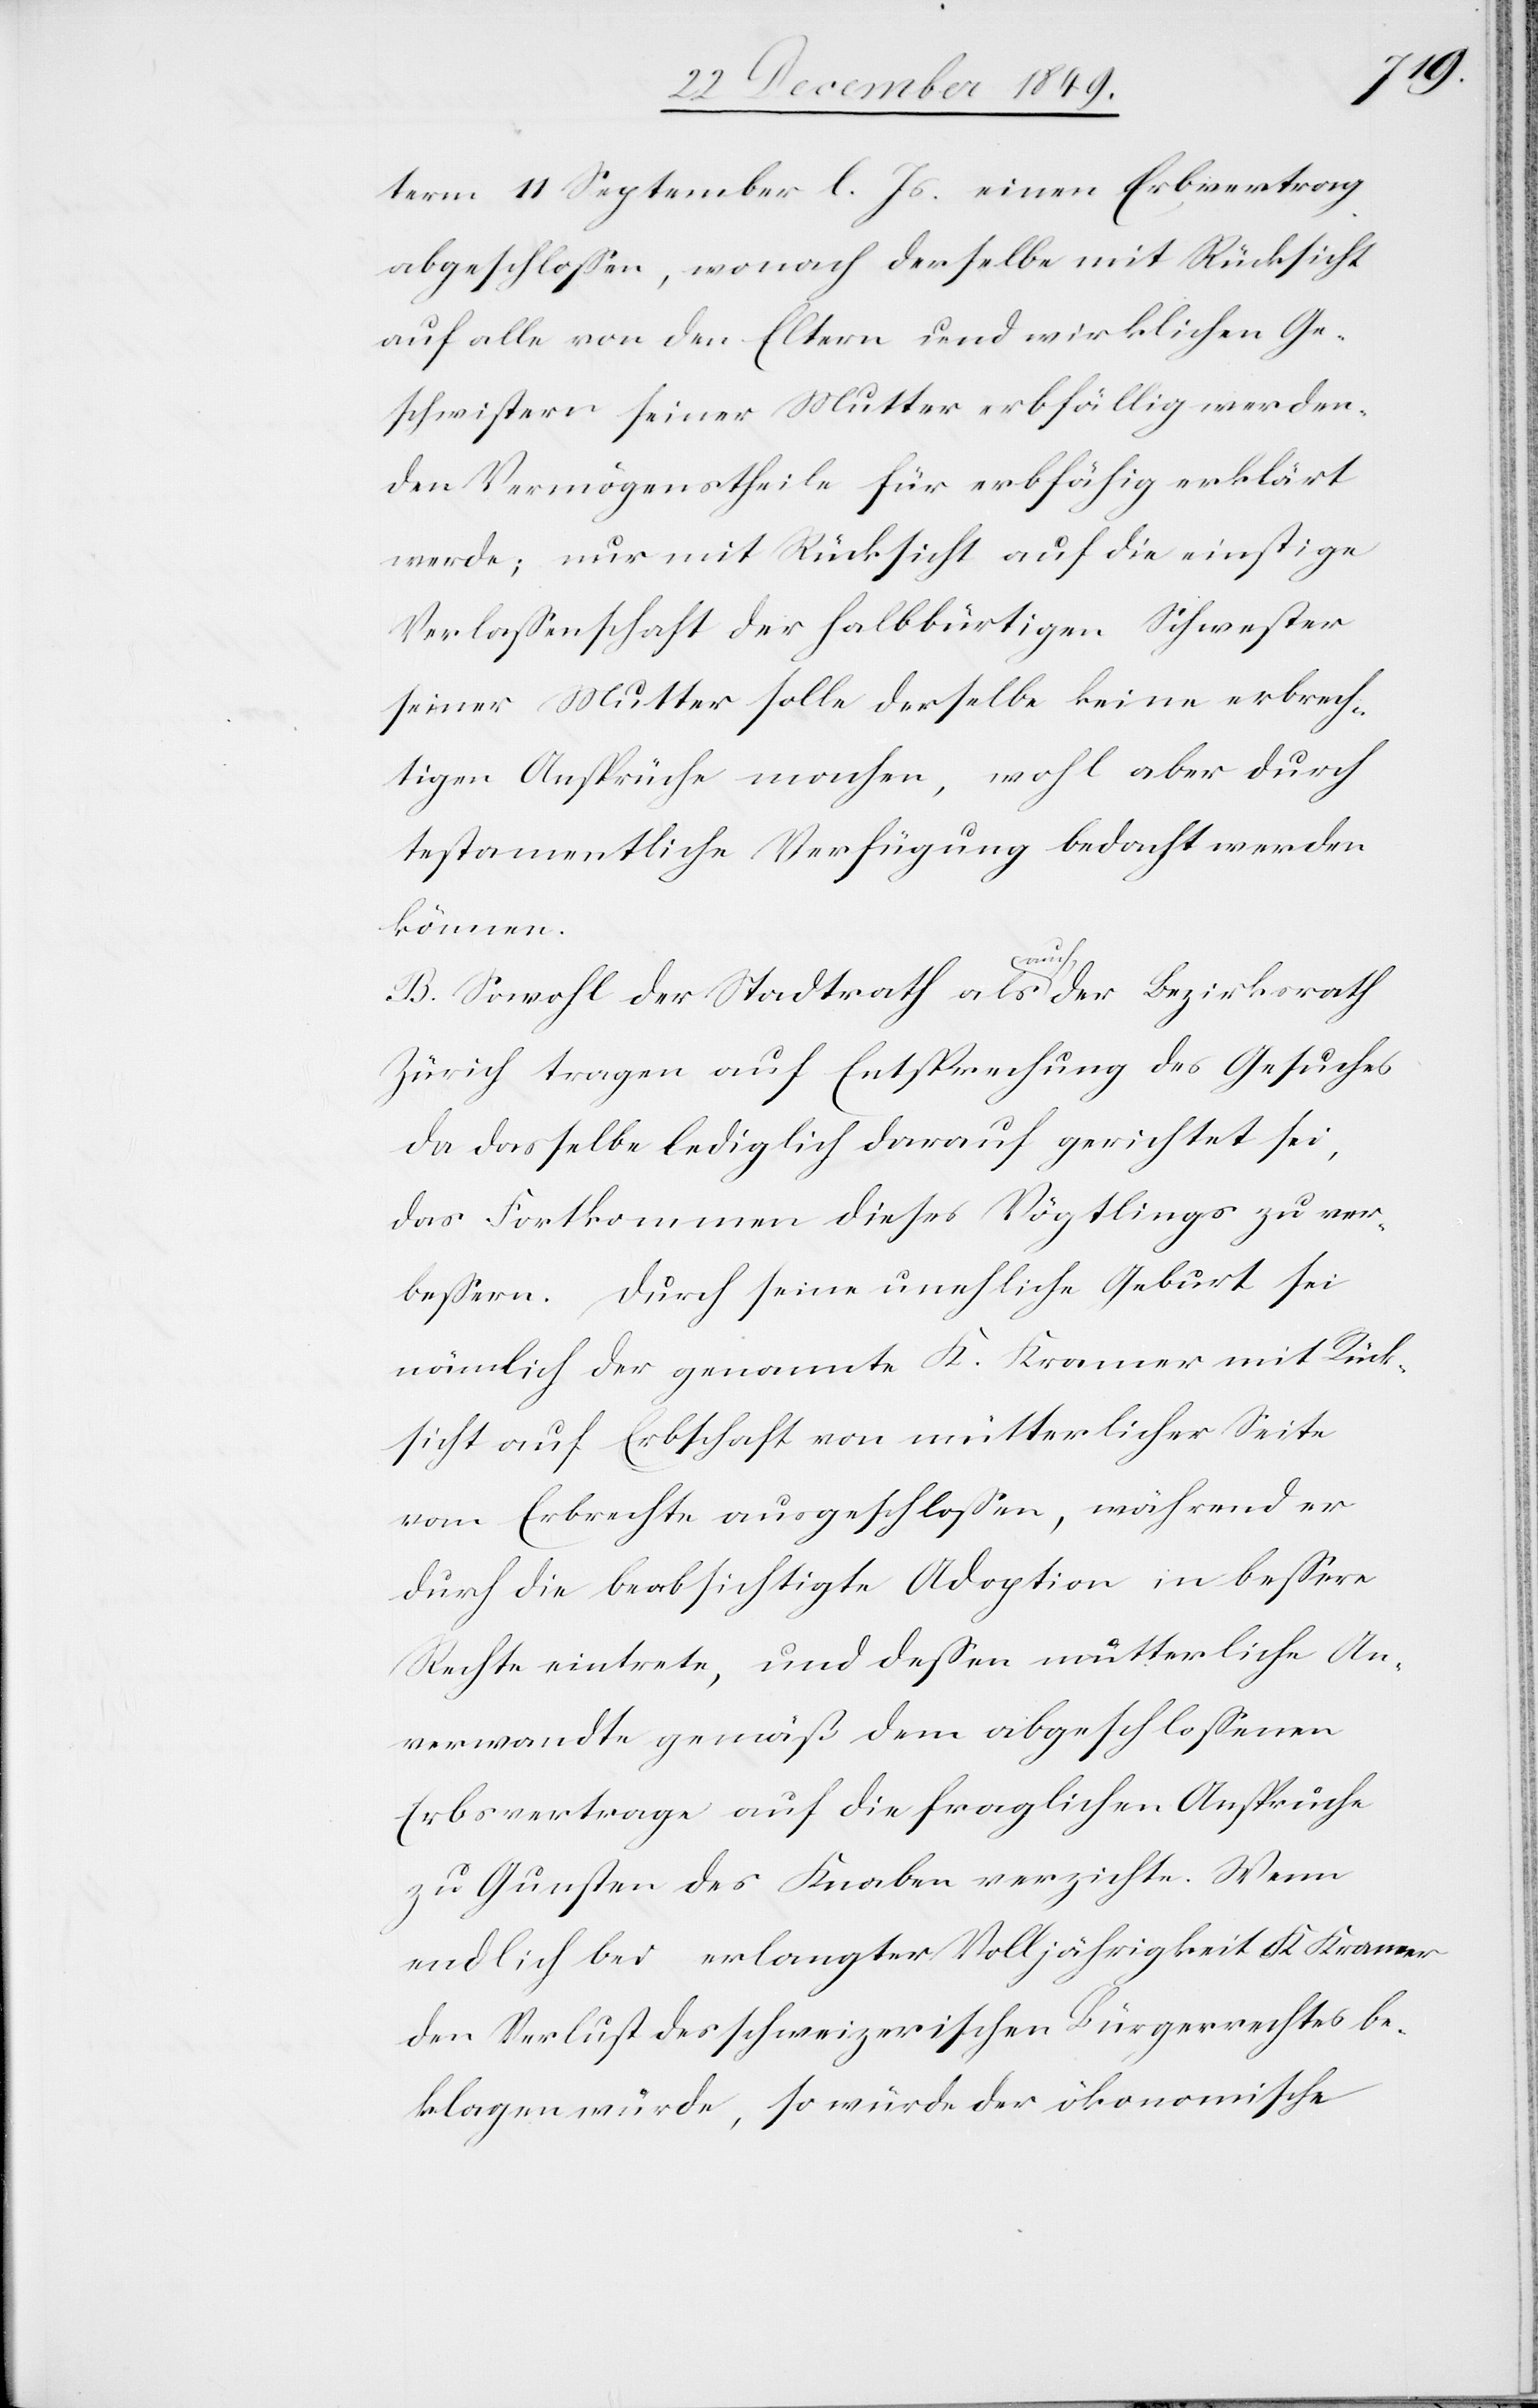
term 11 September l. Js. einen Erbvertrag
abgeschloßen, wonach derselbe mit Rücksicht
auf alle von den Eltern und wirklichen Ge¬
schwistern seiner Mutter erbfällig werden¬
den Vermögenstheile für erbfähig erklärt
werde; nur mit Rücksicht auf die einstige
Verlaßenschaft der halbbürtigen Schwester
seiner Mutter solle derselbe keine erbrech¬
tigen Ansprüche machen, wohl aber durch
testamentliche Verfügung bedacht werden
können.
sicht
B. Sowohl der Stadtrath als auch der Bezirksrath
Zürich tragen auf Entsprechung des Gesuches
da dasselbe lediglich darauf gerichtet sei,
das Fortkommen dieses Vögtlings zu ver¬
beßern. Durch seine amtliche Geburt sei
nämlich der genannte K. Kramer mit Rück¬
durch die beabsichtigte Adoption in beßere
Rechte eintrete, und deßen mütterliche An¬
verwandte gemäß dem abgeschloßenen
Erbsvertrage auf die fraglichen Ansprüche
zu Gunsten des Knaben verzichte. Wenn
endlich bei erlangter Volljährigkeit K. Kramer
den Verlust des schweizerischen Bürgerrechtes be¬
klagen würde, so würde der ökonomische